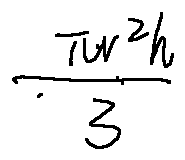
\frac { \pi r ^ { 2 } h } { 3 }